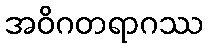
အဝိဂတရာဂဿ